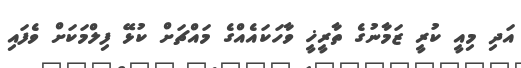
އަދި މިއީ ކުރީ ޒަމާނުގެ ތާރީޚީ ވާހަކަައެއްގެ މައްޗަށް ކުޅޭ ފިލްމަކަށް ވެފައި